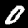
Label: 0